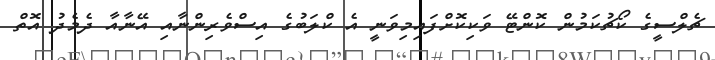
ޗެލްސީގެ ކޯޗުކަމުން ކޮންޓޭ ވަކިކޮށްފައިމިވަނީ އެ ކްލަބުގެ އިސްވެރިންނާއި އޭނާއާ ދެމެދު އޮތް